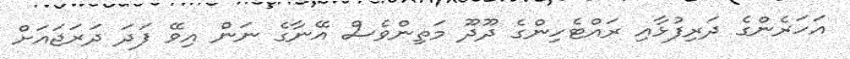
އަހަރެންގެ ދަރިފުޅާއި ރައްޓެހިންގެ ދޫދޫ މަތިންވެސް އޭނާގެ ނަން އިވޭ ފަދަ ދަރަޖައަށް